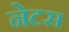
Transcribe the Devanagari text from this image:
नेटस